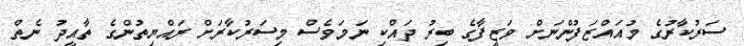
ސަރުކާރުގެ މުއައްޒަފުންނަށް ވަޒީފާގެ ބިރު ދައްކި ނަމަވެސް މިސަރުކާރަށް ރައްޔިތުންގެ ތާއީދު ނެތް